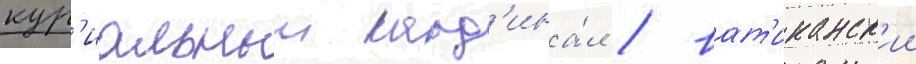
кур'иальныи кард'ина́л / ват'иканск'ии